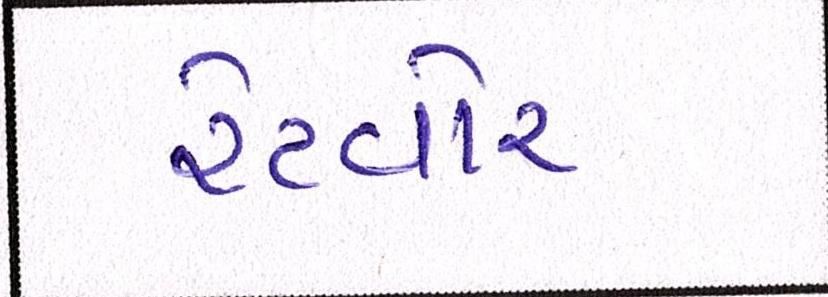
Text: રેટવોર